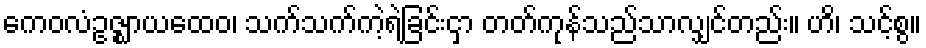
ကေဝလံဥဇ္ဈာယထေဝ၊ သက်သက်ကဲ့ရဲ့ခြင်းငှာ တတ်ကုန်သည်သာလျှင်တည်း။ ဟိ၊ သင့်စွ။